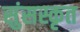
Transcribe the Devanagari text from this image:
सुंसस्कृत